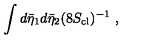
\int d { \bar { \eta } } _ { 1 } d { \bar { \eta } } _ { 2 } ( 8 S _ { \mathrm { c l } } ) ^ { - 1 } \ ,